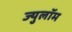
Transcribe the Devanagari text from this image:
ज्युलॉम